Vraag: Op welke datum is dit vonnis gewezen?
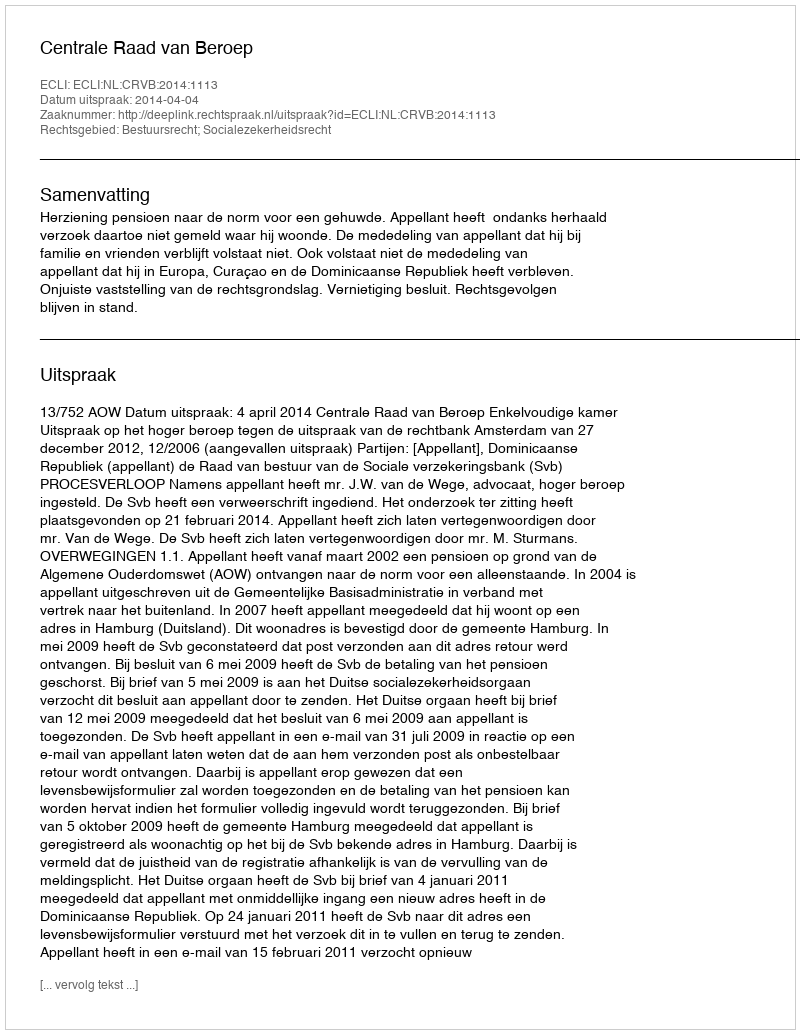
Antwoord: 2014-04-04